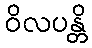
ဝိလပန္တိ